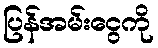
ပြန်အမ်းငွေကို